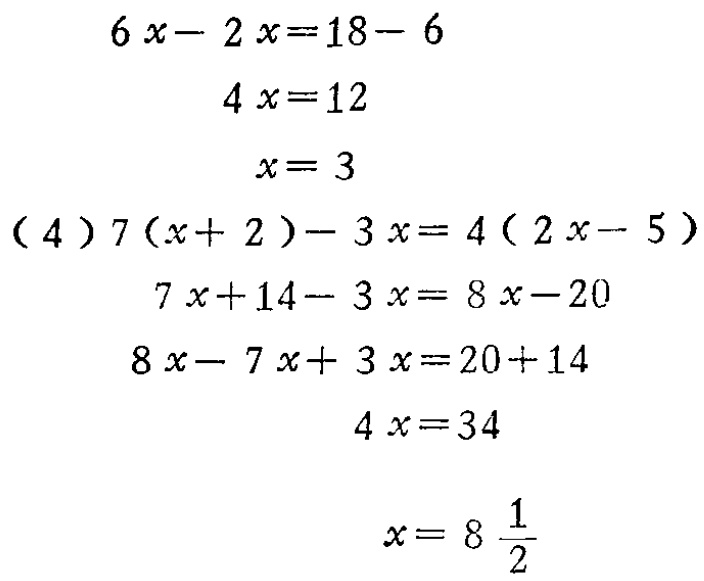
\[

\begin{align*}

6x - 2x&=18 - 6\\

4x&=12\\

x&= 3

\end{align*}

\]

\[

\begin{align*}

(4)\quad7(x + 2)-3x&=4(2x - 5)\\

7x+14 - 3x&=8x - 20\\

8x-7x + 3x&=20 + 14\\

4x&=34\\

x&=8\frac{1}{2}

\end{align*}

\]